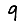
Digit: 9